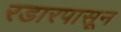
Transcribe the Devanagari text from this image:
रडारपासून